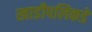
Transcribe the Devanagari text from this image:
खाडीपलिकडे